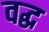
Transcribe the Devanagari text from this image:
वद्ध